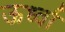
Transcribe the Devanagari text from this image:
ऊर्ध्वा